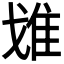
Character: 𨾓